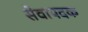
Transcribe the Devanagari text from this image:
सेवापदक